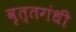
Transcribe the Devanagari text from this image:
वृत्तगंधी